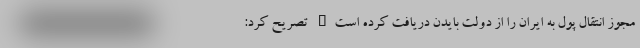
مجوز انتقال پول به ایران را از دولت بایدن دریافت کرده است" تصریح کرد: